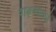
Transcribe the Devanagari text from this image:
वाङ्मयातले